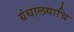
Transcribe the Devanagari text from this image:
ग्रंथालयाचि